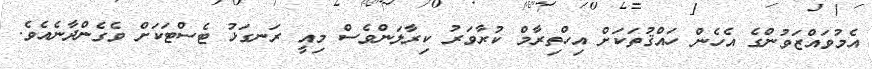
އެމުވައްޒަވުންގެ އެހެން ހައްޤުތަކަށް އިހްތިރާމް ކުރާވަރު ކިރާލަންވެސް މިއީ ރަނގަޅު ޓެސްޓަކަށް ވެގެންދާނެއެވެ.